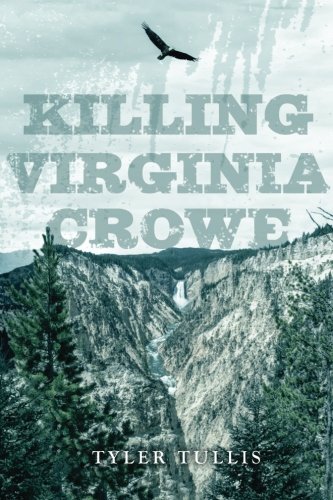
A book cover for Killing Virginia Crowe; Tyler Tullis; Literature & Fiction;